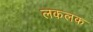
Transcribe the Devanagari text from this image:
लकलक